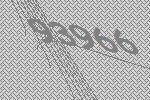
93966